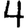
Digit: 4